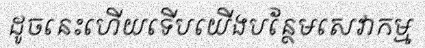
ដូចនេះហើយទើបយើងបន្ថែមសេវាកម្ម